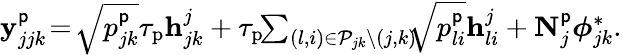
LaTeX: \begin{array}{r}{\mathbf{y}_{jjk}^{\mathsf{p}}\! =\! \sqrt{p_{jk}^{\mathsf{p}}}\tau_{\mathrm{p}}\mathbf{h}_{jk}^{j}+\tau_{\mathrm{p}}\! \! \sum_{(l,i)\in\mathcal{P}_{jk}\setminus(j,k)}\! \! \! \sqrt{p_{li}^{\mathsf{p}}}\mathbf{h}_{li}^{j}+\mathbf{N}_{j}^{\mathsf{p}}\boldsymbol{\phi}_{jk}^{*}.}\end{array}